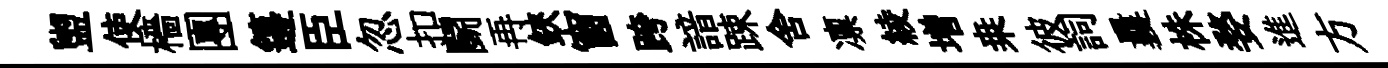
盥使檣團籩臣忽扣鬬再鋏窗跨諳踈舍凛綾増桒彼詞曩株婺進方